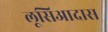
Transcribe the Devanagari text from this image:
लूसिआदास